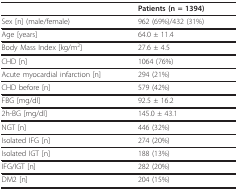
<table><thead><tr><td></td><td><b>Patients (n = 1394)</b></td></tr></thead><tbody><tr><td>Sex [n] (male/female)</td><td>962 (69%)/432 (31%)</td></tr><tr><td>Age [years]</td><td>64.0 ± 11.4</td></tr><tr><td>Body Mass Index [kg/m<sup>2</sup>]</td><td>27.6 ± 4.5</td></tr><tr><td>CHD [n]</td><td>1064 (76%)</td></tr><tr><td>Acute myocardial infarction [n]</td><td>294 (21%)</td></tr><tr><td>CHD before [n]</td><td>579 (42%)</td></tr><tr><td>FBG [mg/dl]</td><td>92.5 ± 16.2</td></tr><tr><td>2h-BG [mg/dl]</td><td>145.0 ± 43.1</td></tr><tr><td>NGT [n]</td><td>446 (32%)</td></tr><tr><td>Isolated IFG [n]</td><td>274 (20%)</td></tr><tr><td>Isolated IGT [n]</td><td>188 (13%)</td></tr><tr><td>IFG/IGT [n]</td><td>282 (20%)</td></tr><tr><td>DM2 [n]</td><td>204 (15%)</td></tr></tbody></table>